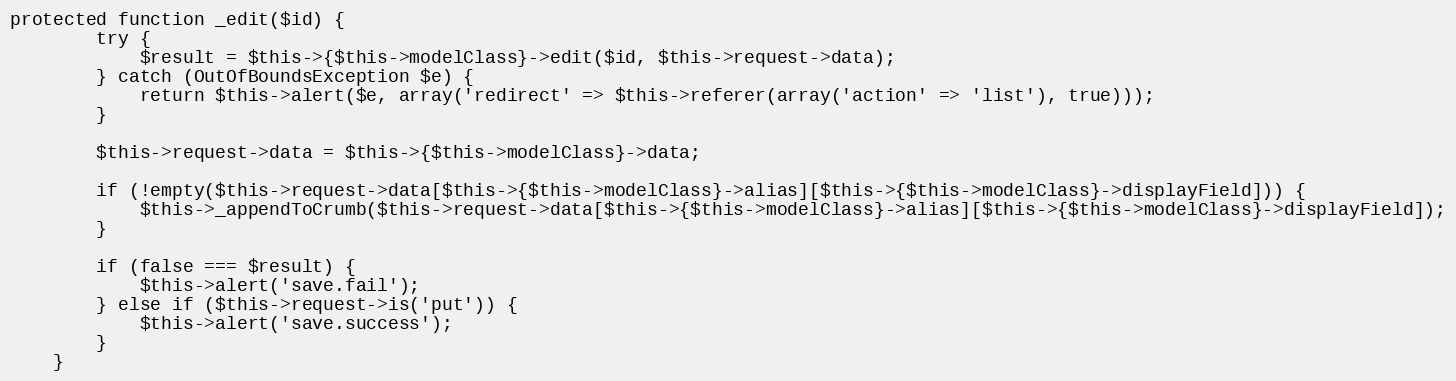
Language: PHP
protected function _edit($id) {
		try {
			$result = $this->{$this->modelClass}->edit($id, $this->request->data);
		} catch (OutOfBoundsException $e) {
			return $this->alert($e, array('redirect' => $this->referer(array('action' => 'list'), true)));
		}

		$this->request->data = $this->{$this->modelClass}->data;

		if (!empty($this->request->data[$this->{$this->modelClass}->alias][$this->{$this->modelClass}->displayField])) {
			$this->_appendToCrumb($this->request->data[$this->{$this->modelClass}->alias][$this->{$this->modelClass}->displayField]);
		}

		if (false === $result) {
			$this->alert('save.fail');
		} else if ($this->request->is('put')) {
			$this->alert('save.success');
		}
	}